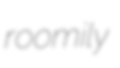
roomily